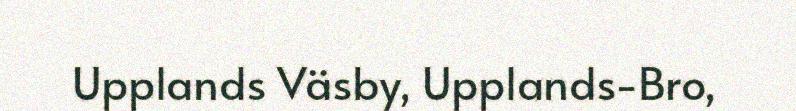
Upplands Väsby, Upplands-Bro,